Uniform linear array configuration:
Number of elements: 12
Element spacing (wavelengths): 0.75
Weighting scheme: hann
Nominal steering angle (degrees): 30
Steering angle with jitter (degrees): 29.894
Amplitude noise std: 0.05
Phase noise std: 0.05

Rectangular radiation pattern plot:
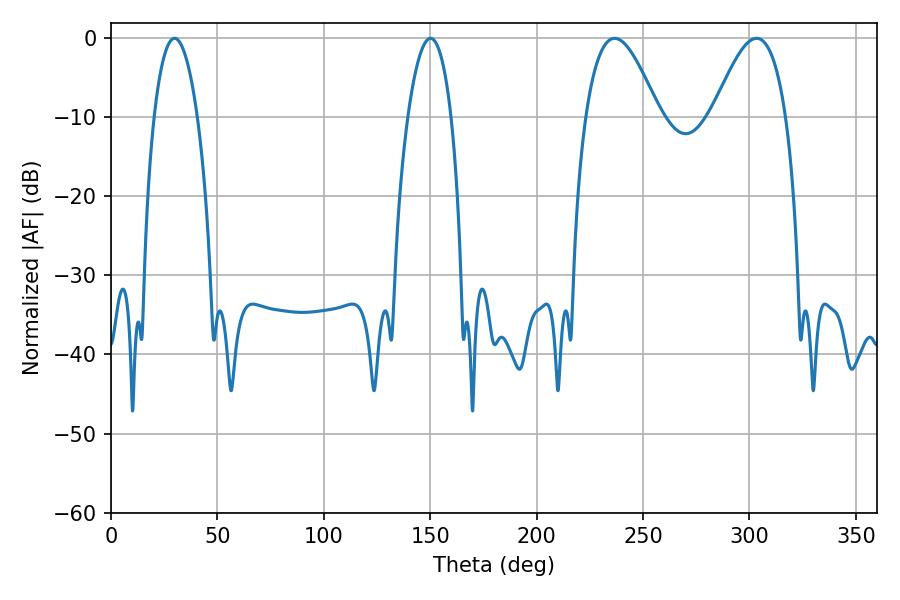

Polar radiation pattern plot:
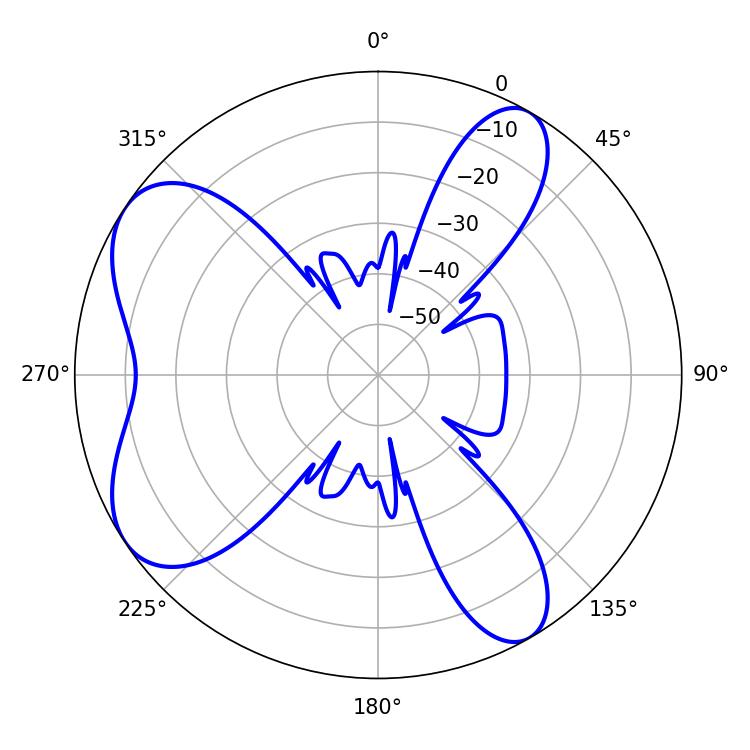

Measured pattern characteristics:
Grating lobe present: TRUE
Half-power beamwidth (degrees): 11.34
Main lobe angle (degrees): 29.88